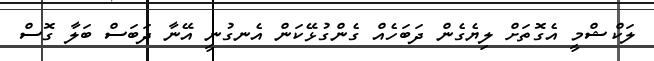
ލަކްޝްމީ އެގޮތަށް ލިޔެގެން ދަބަހެއް ގެންގުޅޭކަން އެނގުނީ އޭނާ ދަބަސް ބަލާ ގޮސް